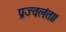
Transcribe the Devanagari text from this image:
प्रज्वलंत॥